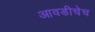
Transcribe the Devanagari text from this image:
आवडीचेच